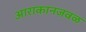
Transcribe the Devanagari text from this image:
आराकानजवळ